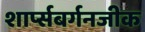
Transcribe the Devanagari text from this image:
शार्प्सबर्गनजीक